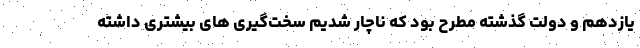
یازدهم و دولت گذشته مطرح بود که ناچار شدیم سخت‌گیری های بیشتری داشته